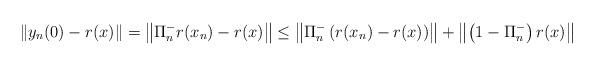
LaTeX: \begin{align*}\left\Vert y_n (0) - r(x)\right\Vert = \left\Vert \Pi^-_n r( x_n) - r(x)\right\Vert \leq \left\Vert \Pi^-_n \left(r( x_n) - r(x)\right)\right\Vert + \left\Vert \left( 1 - \Pi^-_n \right)r(x)\right\Vert \end{align*}